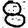
Digit: 8